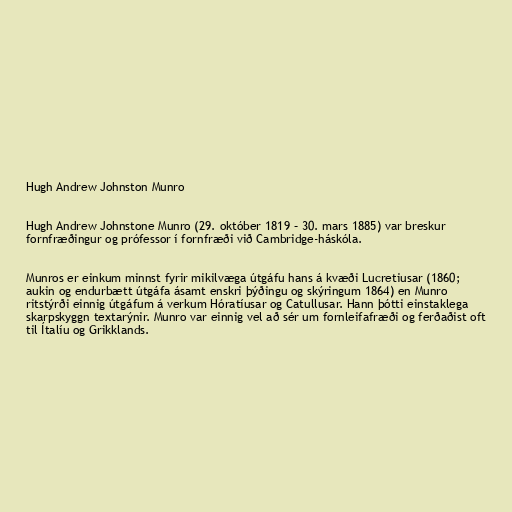
Hugh Andrew Johnston Munro

Hugh Andrew Johnstone Munro (29. október 1819 – 30. mars 1885) var breskur
fornfræðingur og prófessor í fornfræði við Cambridge-háskóla.

Munros er einkum minnst fyrir mikilvæga útgáfu hans á kvæði Lucretiusar (1860;
aukin og endurbætt útgáfa ásamt enskri þýðingu og skýringum 1864) en Munro
ritstýrði einnig útgáfum á verkum Hóratíusar og Catullusar. Hann þótti einstaklega
skarpskyggn textarýnir. Munro var einnig vel að sér um fornleifafræði og ferðaðist oft
til Ítalíu og Grikklands.